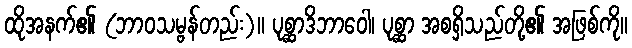
ထိုအနက်၏ (ဘာဝသမ္ဗန်တည်း)။ ပုစ္ဆာဒိဘာဝေါ၊ ပုစ္ဆာ အစရှိသည်တို့၏ အဖြစ်ကို။